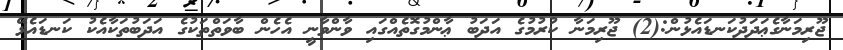
ޖޫރިމަނާގެޢަދަދުކަނޑައެޅުން:(2) ޖޫރިމަނާ ކުރުމުގެ އަދަބު ޢާންމުގޮތެއްގައި ވާންވާނީ އެހެން ބާވަތްތަކުގެ އަދަބުތަކާއެކު ކަނޑައެޅޭ